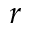
r